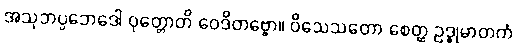
အသုဘပ္ပဘေဒေါ ဝုတ္တောတိ ဝေဒိတဗ္ဗော။ ဝိသေသတော စေတ္ထ ဥဒ္ဓုမာတကံ